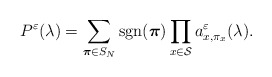
\begin{align*} P^\varepsilon(\lambda)=\sum_{\boldsymbol{\pi}\in S_{N}}\mathop{\mathrm{sgn}}(\boldsymbol{\pi})\prod_{x\in\mathcal{S}} a^\varepsilon_{x,\pi_x}(\lambda).\end{align*}